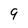
Character: 9